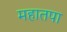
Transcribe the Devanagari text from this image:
महातपा